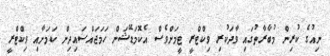
ނިއުގެ ކުރިން މުބާރާތުގައި ވާދަކުރި ވިކްޓްރީ ޓީމަށްވެސް އެކޮމަޑޭޝަން ހަމަޖައްސައިދިން ކަމަށާއި ވިކްޓްރީ